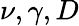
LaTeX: \nu,\gamma,D